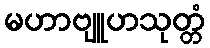
မဟာဗျူဟသုတ္တံ